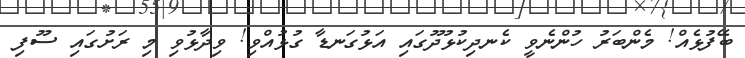
ބޭފުޅެއް! މެންބަރު ހުންނެވީ ކެނދިކުޅުދޫގައި އަޅުގަނޑާ ގުޅުއްވި! ވިދާޅުވި މި ރަށުގައި ސޫފި